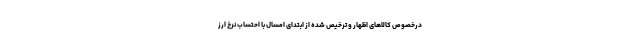
درخصوص کالاهای اظهار و ترخیص شده از ابتدای امسال با احتساب نرخ ارز